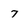
Character: 7